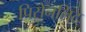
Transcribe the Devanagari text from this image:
पिसेनलिट